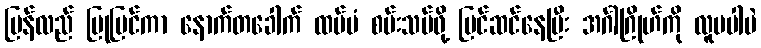
ပြန်လည် ပြုပြင်ကာ နောက်တခေါက် ထပ်မံ စမ်းသပ်ဖို့ ပြင်ဆင်နေပြီး အင်္ဂါဂြိုဟ်ကို လူမပါပဲ